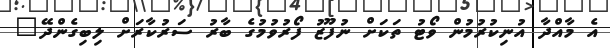
އެ މާއްދާ އުނިކުރުމުން ވޯޓު ތަކަށް ނުފޫޒު ފޯރުވުމުގެ ބާރު ސަރުކާރަށް ލިބިގެންދޭ"